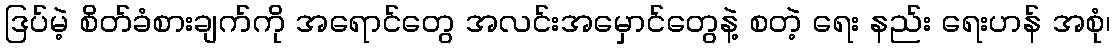
ဒြပ်မဲ့ စိတ်ခံစားချက်ကို အရောင်တွေ အလင်းအမှောင်တွေနဲ့ စတဲ့ ရေး နည်း ရေးဟန် အစုံ၊